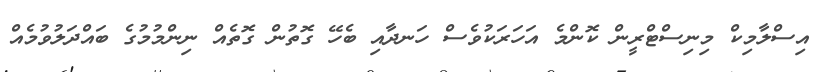
އިސްލާމިކް މިނިސްޓްރީން ކޮންމެ އަހަރަކުވެސް ހަނދާއި ބެހޭ ގޮތުން ގޮތެއް ނިންމުމުގެ ބައްދަލުވުމެއް